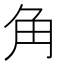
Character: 角